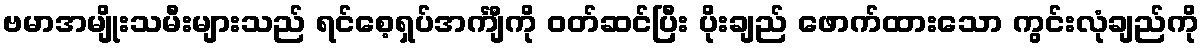
ဗမာအမျိုးသမီးများသည် ရင်စေ့ရှပ်အင်္ကျီကို ဝတ်ဆင်ပြီး ပိုးချည် ဖောက်ထားသော ကွင်းလုံချည်ကို